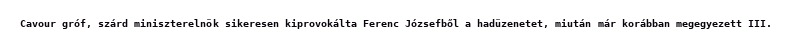
Cavour gróf, szárd miniszterelnök sikeresen kiprovokálta Ferenc Józsefből a hadüzenetet, miután már korábban megegyezett III.